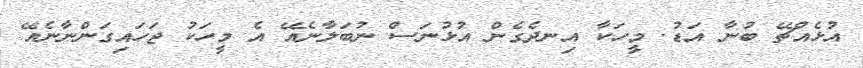
އުޅެއްޗޭ ބުނާ އަޑު. މީހަކާ އިނދެގެން އުޅުނަސް ނުބަލާނެއޭ އެ މީހަކު ޖަހައިގަންނާނެއޭ